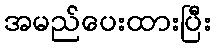
အမည်ပေးထားပြီး